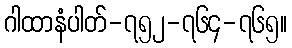
ဂါထာနံပါတ်-၇၅၂-၇၆၄-၇၆၅။